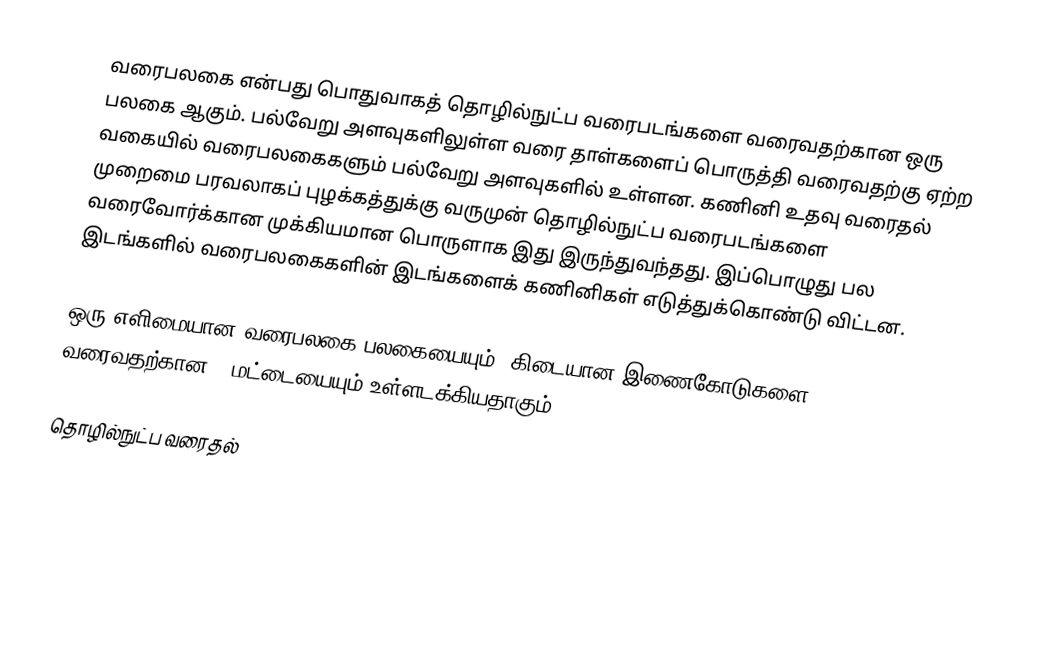
வரைபலகை என்பது பொதுவாகத் தொழில்நுட்ப வரைபடங்களை வரைவதற்கான ஒரு பலகை ஆகும். பல்வேறு அளவுகளிலுள்ள வரை தாள்களைப் பொருத்தி வரைவதற்கு ஏற்ற வகையில் வரைபலகைகளும் பல்வேறு அளவுகளில் உள்ளன. கணினி உதவு வரைதல் முறைமை பரவலாகப் புழக்கத்துக்கு வருமுன் தொழில்நுட்ப வரைபடங்களை வரைவோர்க்கான முக்கியமான பொருளாக இது இருந்துவந்தது. இப்பொழுது பல இடங்களில் வரைபலகைகளின் இடங்களைக் கணினிகள் எடுத்துக்கொண்டு விட்டன.

ஒரு எளிமையான வரைபலகை பலகையையும், கிடையான இணைகோடுகளை வரைவதற்கான T-மட்டையையும் உள்ளடக்கியதாகும்.

தொழில்நுட்ப வரைதல்